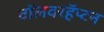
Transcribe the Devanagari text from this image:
वॉलवरहॅप्टन